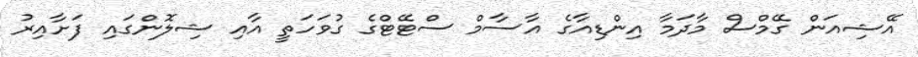
އޭޝިއަން ގޭމްސް މާދަމާ އިންޑިއާގެ އާސާމް ސްޓޭޓްގެ ގުވަހަތީ އާއި ޝިލޮންގައި ފަށާއިރު